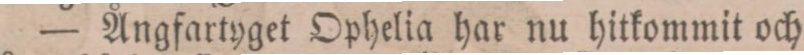
— Ångfartyget Ophelia har nu hitkommit och